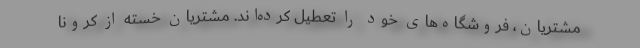
مشتریان، فروشگاه‌‌های خود را تعطیل کرده‌اند. مشتریانِ خسته از کرونا